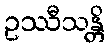
ဥဿီသန္တိ